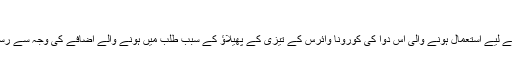
دوا کی قلت
تاہم ملیریا کے علاج کے لیے استعمال ہونے والی اس دوا کی کورونا وائرس کے تیزی کے پھیلاؤ کے سبب طلب میں ہونے والے اضافے کی وجہ سے رسد میں کمی ہوگئی ہے۔